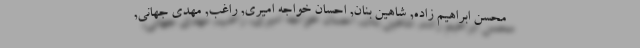
محسن ابراهیم زاده, شاهین بنان, احسان خواجه امیری, راغب, مهدی جهانی,